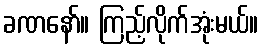
ခဏနော်။ ကြည့်လိုက်အုံးမယ်။